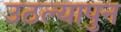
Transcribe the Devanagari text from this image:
उठल्यापुन